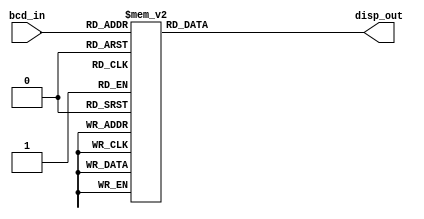
`timescale 1ns / 1ps
//////////////////////////////////////////////////////////////////////////////////
// Company: 
// 
// Design Name: 
// Module Name: SevSegDisp_s
// Project Name: 
// Target Devices: 
// Tool Versions: 
// Description: receives a bcd input and displays it as the correct digit in seven segement display
// 
// Dependencies: 
// 
// Revision:
// Revision 0.01 - File Created
// Additional Comments:
// 
//////////////////////////////////////////////////////////////////////////////////


module SevSegDisp_s(disp_out, bcd_in);

    input [3:0] bcd_in; 

    output reg [6:0] disp_out; 

    always @(bcd_in) begin
        case (bcd_in)
            4'b0000 : disp_out = 7'b1000000; 
            4'b0001 : disp_out = 7'b1111001; 
            4'b0010 : disp_out = 7'b0100100; 
            4'b0011 : disp_out = 7'b0110000; 
            4'b0100 : disp_out = 7'b0011001; 
            4'b0101 : disp_out = 7'b0010010; 
            4'b0110 : disp_out = 7'b0000010; 
            4'b0111 : disp_out = 7'b1111000; 
            4'b1000 : disp_out = 7'b0000000; 
            4'b1001 : disp_out = 7'b0010000; 
            4'b1111 : disp_out = 7'b0111111; 
            default: 
            disp_out = 7'b1000000; 
        endcase
    end

endmodule